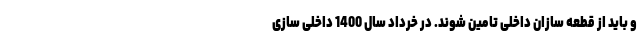
و باید از قطعه سازان داخلی تامین شوند. در خرداد سال 1400 داخلی سازی